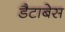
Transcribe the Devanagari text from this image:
डैटाबेस